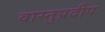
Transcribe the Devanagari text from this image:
वास्तुप्रदीप